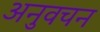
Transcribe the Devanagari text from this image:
अनुवचन